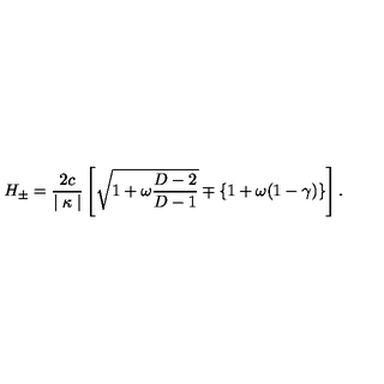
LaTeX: H _ { \pm } = \frac { 2 c } { \mid \kappa \mid } \left[ \sqrt { 1 + \omega \frac { D - 2 } { D - 1 } } \mp \{ 1 + \omega ( 1 - \gamma ) \} \right] .